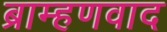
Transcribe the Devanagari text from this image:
ब्राम्हणवाद